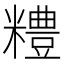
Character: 𥽈